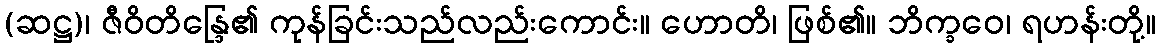
(ဆဋ္ဌ)၊ ဇီဝိတိန္ဒြေ၏ ကုန်ခြင်းသည်လည်းကောင်း။ ဟောတိ၊ ဖြစ်၏။ ဘိက္ခဝေ၊ ရဟန်းတို့။